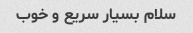
سلام بسیار سریع و خوب